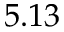
5 . 1 3